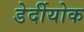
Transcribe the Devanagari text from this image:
डेर्दीयोक